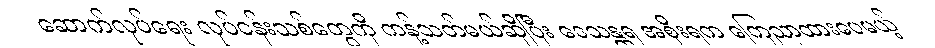
ဆောက်လုပ်ရေး လုပ်ငန်းသစ်တွေကို ကန့်သတ်မယ်ဆိုပြီး ဒေသန္တရ အစိုးရက ကြေညာထားပေမယ့်